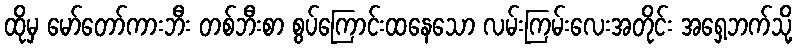
ထိုမှ မော်တော်ကားဘီး တစ်ဘီးစာ စွပ်ကြောင်းထနေသော လမ်းကြမ်းလေးအတိုင်း အရှေ့ဘက်သို့